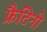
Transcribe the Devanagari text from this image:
फ्रैटिनो